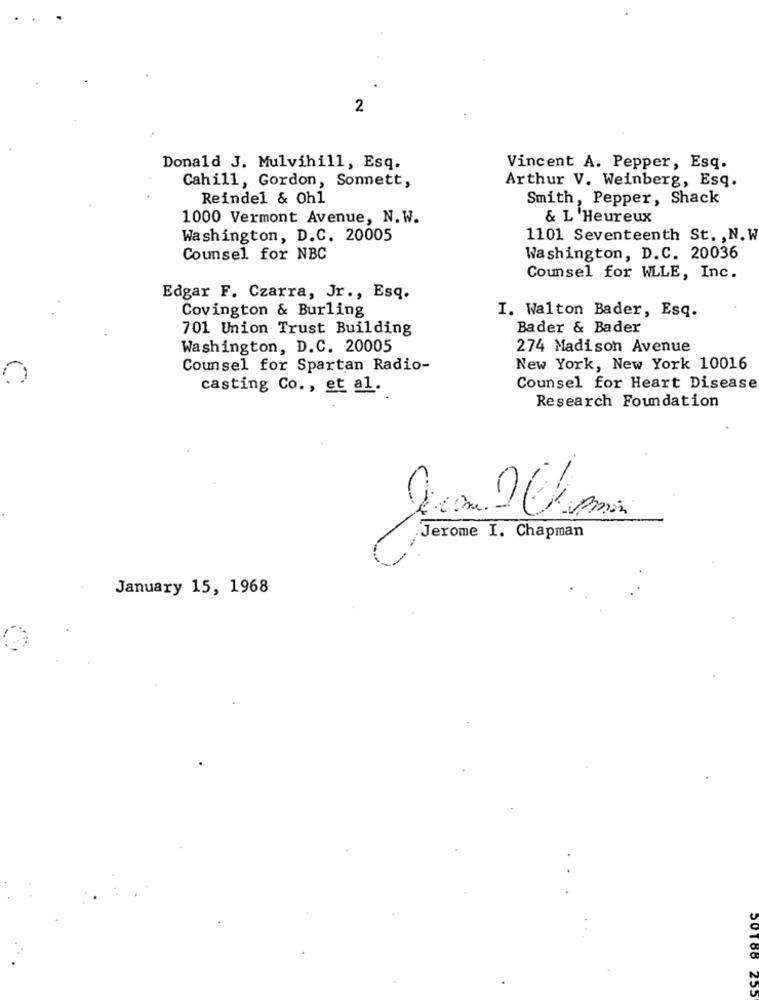
2
Donald J. Mulvihill, Esq.
Vincent A. Pepper, Esq.
Arthur V. Weinberg, Esq.
Cahill, Gordon, Sonnett,
Reindel & Oh1
Smith, Pepper, Shack
1000 Vermont Avenue, N.W.
& L 'Heureux
Washington, D.C. 20005
1101 Seventeenth St. , N.W
Counsel for NBC
Washington, D.C. 20036
Counsel for WLLE, Inc.
Edgar F. Czarra, Jr ., Esq.
Covington & Burling
I. Walton Bader, Esq.
701 Union Trust Building
Bader & Bader
Washington, D.C. 20005
274 Madison Avenue
Counsel for Spartan Radio-
New York, New York 10016
0
casting Co ., et al.
Counsel for Heart Disease
Research Foundation
1 pm
Jerome I. Chapman
January 15, 1968
CZ
50188